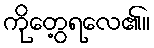
ကိုတွေ့ရလေ၏။